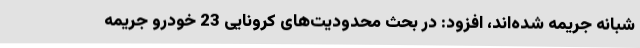
شبانه جریمه شده‌اند، افزود: در بحث محدودیت‌های کرونایی 23 خودرو جریمه